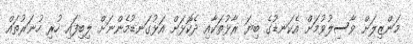
މަންޒިލަށް ވާސިލުވުމަށް އެކަނޑުގެ ބިޔަ ރާޅުތަކާއި ދެކޮޅަށް އަޅުގަނޑުމެންނަށް ލިބިފައި ހުރި ހުނަރުތައް